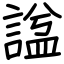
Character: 諡